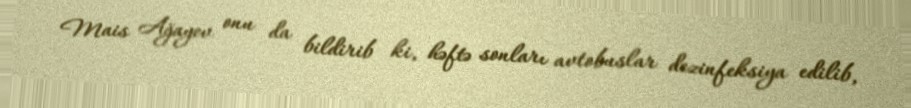
Mais Ağayev onu da bildirib ki, həftə sonları avtobuslar dezinfeksiya edilib,